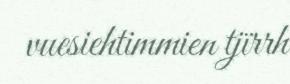
vuesiehtimmien tjïrrh